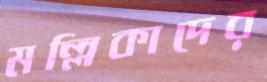
মল্লিকাদের